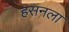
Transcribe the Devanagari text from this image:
हसनला